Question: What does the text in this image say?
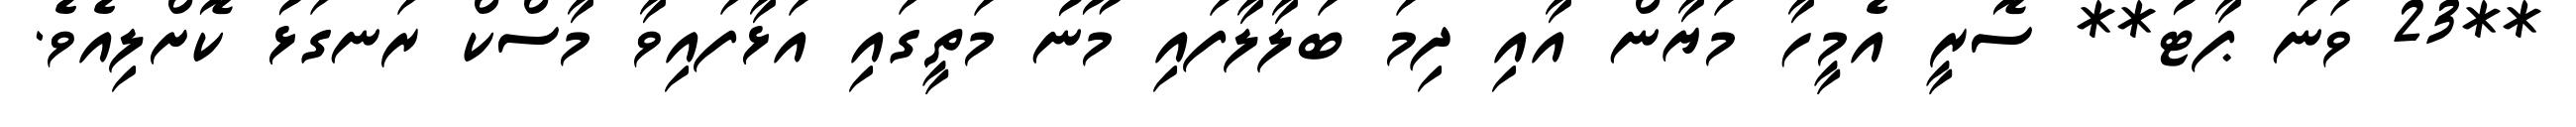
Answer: **23 ވަނަ ޕާޓު** ސޮރީ އެމީހާ މަޔާން އާއި ދިމަ ބަލާލާފައި މޫނު މަތީގައި އަޅާފައިވާ މާސްކް ރަނގަޅު ކޮށްލިއެވެ.